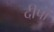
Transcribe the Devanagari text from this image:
दीपो